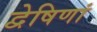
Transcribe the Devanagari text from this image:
द्वेषिणां